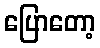
ပြောတော့